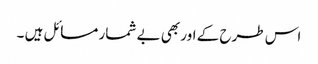
اس طرح کے اور بھی بے شمار مسائل ہیں ۔